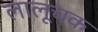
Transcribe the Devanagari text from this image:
लालूचक